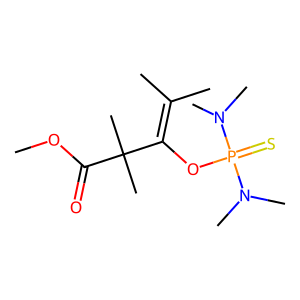
SMILES: COC(=O)C(C)(C)C(OP(=S)(N(C)C)N(C)C)=C(C)C
Inhibits HIV replication: No